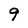
Character: 9